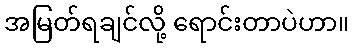
အမြတ်ရချင်လို့ ရောင်းတာပဲဟာ။